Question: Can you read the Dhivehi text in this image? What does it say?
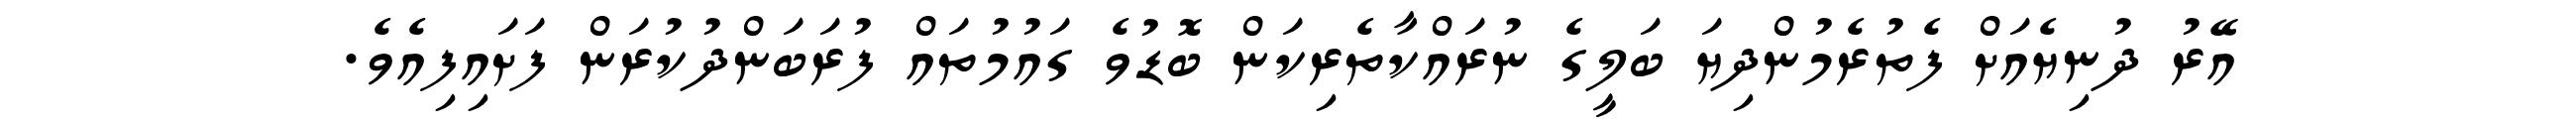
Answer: އޭރު ދުނިޔެއަށް ފެތުރެމުންދިޔަ ބަލީގެ ނުރައްކާތެރިކަން ބޮޑުވެ ގައުމުތައް ފުރަބަންދުކުރަން ފަށައިފިއެވެ.